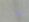
لعلنا